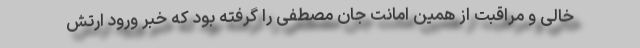
خالی و مراقبت از همین امانت جان مصطفی را گرفته بود که خبر ورود ارتش